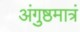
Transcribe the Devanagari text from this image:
अंगुष्ठमात्रं